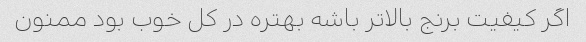
اگر کیفیت برنج بالاتر باشه بهتره در کل خوب بود ممنون